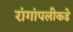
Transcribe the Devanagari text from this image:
रांगांपलीकडे